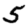
Digit: 5